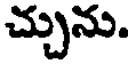
చ్చును.